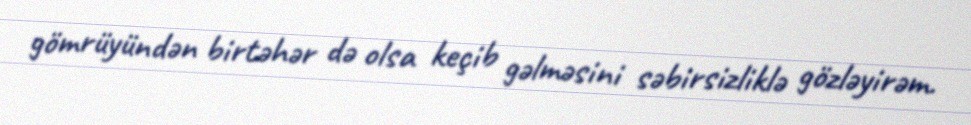
gömrüyündən birtəhər də olsa keçib gəlməsini səbirsizliklə gözləyirəm.